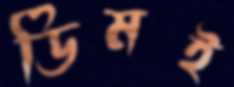
ডিমই